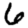
Digit: 6